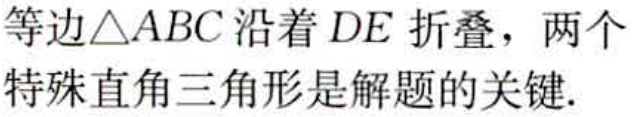
等边\(\triangle ABC\)沿着\(DE\)折叠，两个特殊直角三角形是解题的关键.